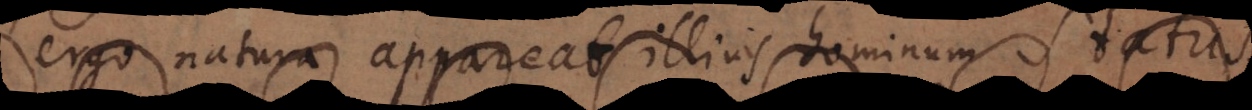
ergo natura appareat illius hominum status,